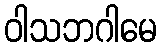
ဝါသဘဂါမေ